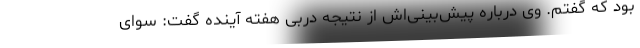
بود که گفتم. وی درباره پیش‌بینی‌اش از نتیجه دربی هفته آینده گفت: سوای